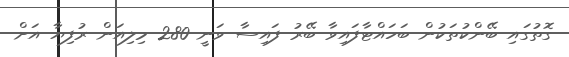
ގޮތުގައި ބޭންކުތަކުން ބަހައްޓާފައިވާ ބޭރު ފައިސާ ވަނީ 280 މިލިއަން ރުފިޔާ އަށް